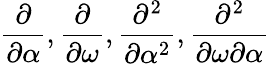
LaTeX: \frac{\partial}{\partial\alpha},\frac{\partial}{\partial\omega},\frac{\partial^{2}}{\partial\alpha^{2}},\frac{\partial^{2}}{\partial\omega\partial\alpha}